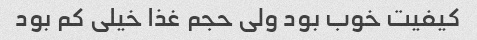
کیفیت خوب بود ولی حجم غذا خیلی کم بود